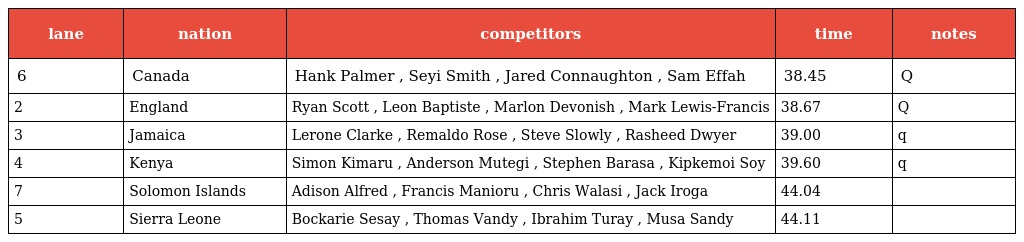
| lane | nation | competitors | time | notes |
 | --- | --- | --- | --- | --- |
 | 6 | Canada | Hank Palmer , Seyi Smith , Jared Connaughton , Sam Effah | 38.45 | Q |
 | 2 | England | Ryan Scott , Leon Baptiste , Marlon Devonish , Mark Lewis-Francis | 38.67 | Q |
 | 3 | Jamaica | Lerone Clarke , Remaldo Rose , Steve Slowly , Rasheed Dwyer | 39.00 | q |
 | 4 | Kenya | Simon Kimaru , Anderson Mutegi , Stephen Barasa , Kipkemoi Soy | 39.60 | q |
 | 7 | Solomon Islands | Adison Alfred , Francis Manioru , Chris Walasi , Jack Iroga | 44.04 |  |
 | 5 | Sierra Leone | Bockarie Sesay , Thomas Vandy , Ibrahim Turay , Musa Sandy | 44.11 |  |